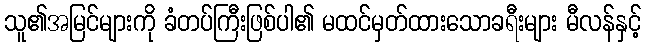
သူ၏အမြင်များကို ခံတပ်ကြီးဖြစ်ပါ၏ မထင်မှတ်ထားသောခရီးများ မီလန်နှင့်